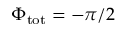
\Phi _ { \mathrm { t o t } } = - \pi / 2